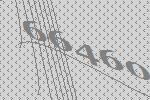
66460